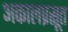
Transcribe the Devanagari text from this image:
अकालप्रसूत